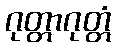
ဂုတ္တာဂုတ္တံ